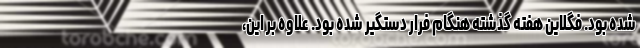
شده بود. فگلاین هفته گذشته هنگام فرار دستگیر شده بود. علاوه بر این،